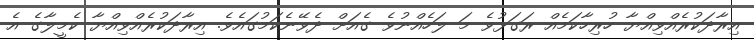
އިރާދަކުރެއްވިއްޔާ ހުރިހާކަމެއް ރަގަޅުވެ މަ ލަހެއްނުވެ ގެއަށް ދެވޭނެކަމުގައެވެ. އިރާދަކުރެއްވިއްޔާ ކެމީލާގެ އެ